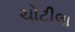
ચોટીલા